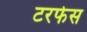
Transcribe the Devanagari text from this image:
टरफेस